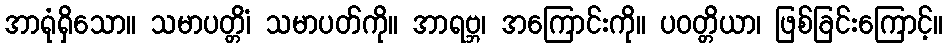
အာရုံရှိသော။ သမာပတ္တိံ၊ သမာပတ်ကို။ အာရဗ္ဘ၊ အကြောင်းကို။ ပဝတ္တိယာ၊ ဖြစ်ခြင်းကြောင့်။